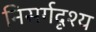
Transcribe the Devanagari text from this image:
निसर्गदृश्य